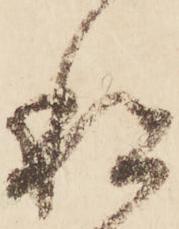
私